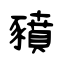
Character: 豶